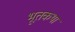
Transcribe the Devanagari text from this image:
भूतकथा